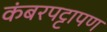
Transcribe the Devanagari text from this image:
कंबरपट्टापण